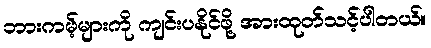
ဘားကမ့်များကို ကျင်းပနိုင်ဖို့ အားထုတ်သင့်ပါတယ်။